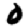
Digit: 0